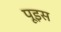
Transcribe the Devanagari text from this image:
पूइस